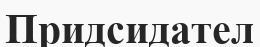
Придсидател